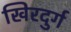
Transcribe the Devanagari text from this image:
खिरदुर्ग